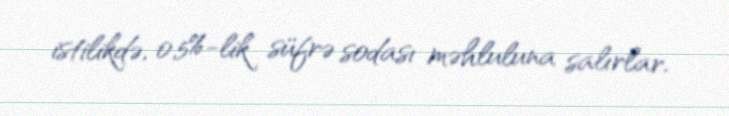
istilikdə, 0,5%-lik süfrə sodası məhluluna salırlar.